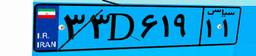
۰۲D۷۹۸۲۵